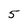
Character: 5